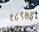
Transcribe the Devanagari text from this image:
१८९७इ